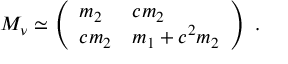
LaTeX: M _ { \nu } \simeq \left( \begin{array} { l l } { { m _ { 2 } } } & { { c m _ { 2 } } } \\ { { c m _ { 2 } } } & { { m _ { 1 } + c ^ { 2 } m _ { 2 } } } \end{array} \right) \ .